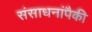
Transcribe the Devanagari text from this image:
संसाधनांपैकी